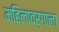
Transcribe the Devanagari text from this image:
महिलावर्गाला